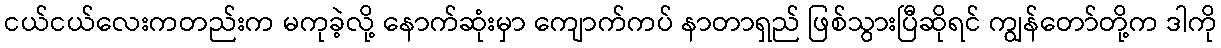
ငယ်ငယ်လေးကတည်းက မကုခဲ့လို့ နောက်ဆုံးမှာ ကျောက်ကပ် နာတာရှည် ဖြစ်သွားပြီဆိုရင် ကျွန်တော်တို့က ဒါကို